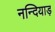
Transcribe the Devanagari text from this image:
नन्दियाड़